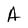
Character: A